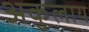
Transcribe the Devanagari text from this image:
अकुलाय